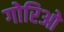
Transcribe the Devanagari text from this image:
गोरिओ